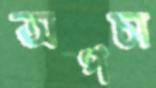
অপচা